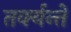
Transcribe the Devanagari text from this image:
तर्क्यन्ते